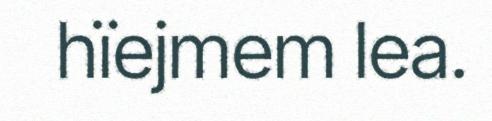
hïejmem lea.